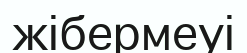
жібермеуі